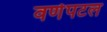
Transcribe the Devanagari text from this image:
वर्णपटल